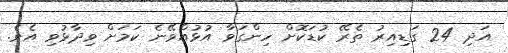
އަދި 24 ގަޑިއިރު ތެރޭ ކުޑަކޮށް ހިންގަވާ އުޅުއްވޭނެ ކަމަށް ވިދާޅުވި އެވެ.